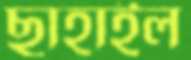
ছাহাইল